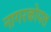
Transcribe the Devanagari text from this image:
नागरकोयल